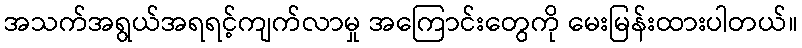
အသက်အရွယ်အရရင့်ကျက်လာမှု အကြောင်းတွေကို မေးမြန်းထားပါတယ်။